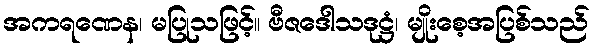
အကရဏေန၊ မပြုသဖြင့်။ ဗီဇဒေါသဒုဋ္ဌံ၊ မျိုးစေ့အပြစ်သည်